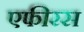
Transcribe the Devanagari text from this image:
एफीरस